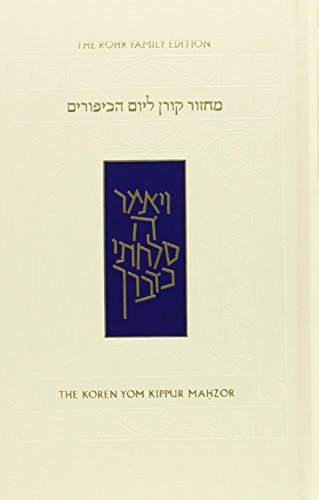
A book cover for Koren Sacks Yom Kippur Mahzor (Hebrew and English); Rabbi Jonathan Sacks; Religion & Spirituality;